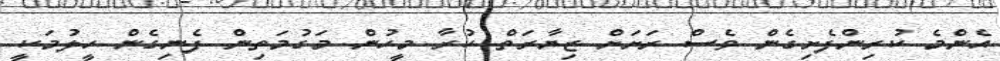
އެންމެ ކުރިންފެށިގެން ވެސް ރަށަށް ޒިޔާރަތް ކުރާ މީހުން މަގުމަތިން ފެނިގެން ހީލުމަކީ